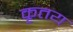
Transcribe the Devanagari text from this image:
कृतय